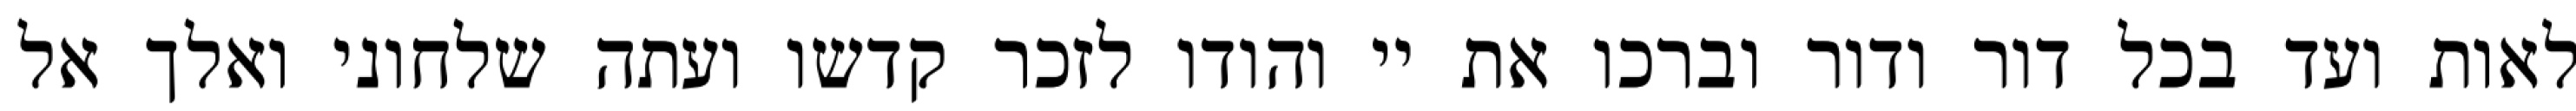
לאות ועד בכל דור ודור וברכו את יי והודו לזכר קדשו ועתה שלחוני ואלך אל